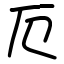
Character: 厄